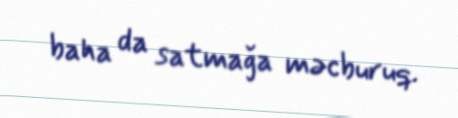
baha da satmağa məcburuq.